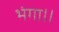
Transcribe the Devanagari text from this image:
भंगा।।